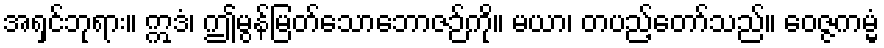
အရှင်ဘုရား။ ဣဒံ၊ ဤမွန်မြတ်သောဘောဇဉ်ကို။ မယာ၊ တပည့်တော်သည်။ ဝေဇ္ဇကမ္မံ